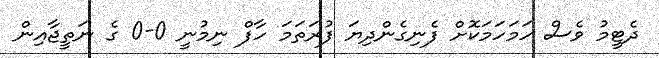
ދެޓީމު ވެސް ހަމަހަމަކޮށް ފެނިގެންދިޔަ ފުރަތަމަ ހާފް ނިމުނީ 0-0 ގެ ނަތީޖާއިން